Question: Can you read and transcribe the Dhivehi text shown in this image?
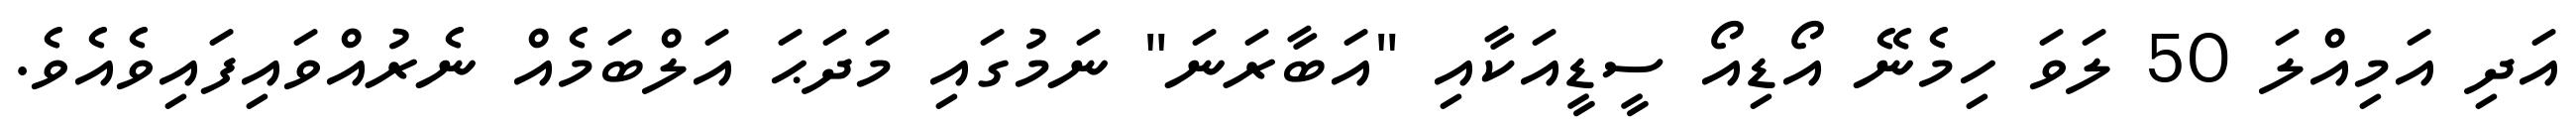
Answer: އަދި އަމިއްލަ 50 ލަވަ ހިމެނޭ އޯޑިއޯ ސީޑީއަކާއި "އަބާރަނަ" ނަމުގައި މަދަޙަ އަލްބަމެއް ނެރުއްވައިފައިވެއެވެ.